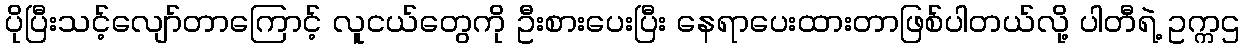
ပိုပြီးသင့်လျော်တာကြောင့် လူငယ်တွေကို ဦးစားပေးပြီး နေရာပေးထားတာဖြစ်ပါတယ်လို့ ပါတီရဲ့ ဥက္ကဌ